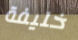
خليفة